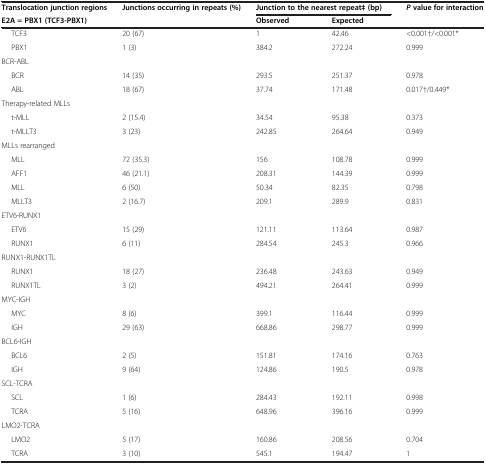
<table><thead><tr><td><b>Translocation junction regions</b></td><td rowspan="2"><b>Junctions occurring in repeats (%)</b></td><td colspan="2"><b>Junction to the nearest repeat‡ (bp)</b></td><td rowspan="2"><b><i>P </i>value for interaction</b></td></tr><tr><td><b>E2A = PBX1 (TCF3-PBX1)</b></td><td><b>Observed</b></td><td><b>Expected</b></td></tr></thead><tbody><tr><td>TCF3</td><td>20 (67)</td><td>1</td><td>42.46</td><td>&lt;0.001†/&lt;0.001*</td></tr><tr><td>PBX1</td><td>1 (3)</td><td>384.2</td><td>272.24</td><td>0.999</td></tr><tr><td>BCR-ABL</td><td> </td><td> </td><td> </td><td> </td></tr><tr><td>BCR</td><td>14 (35)</td><td>293.5</td><td>251.37</td><td>0.978</td></tr><tr><td>ABL</td><td>18 (67)</td><td>37.74</td><td>171.48</td><td>0.017†/0.449*</td></tr><tr><td>Therapy-related MLLs</td><td> </td><td> </td><td> </td><td> </td></tr><tr><td>t-MLL</td><td>2 (15.4)</td><td>34.54</td><td>95.38</td><td>0.373</td></tr><tr><td>t-MLLT3</td><td>3 (23)</td><td>242.85</td><td>264.64</td><td>0.949</td></tr><tr><td>MLLs rearranged</td><td> </td><td> </td><td> </td><td> </td></tr><tr><td>MLL</td><td>72 (35.3)</td><td>156</td><td>108.78</td><td>0.999</td></tr><tr><td>AFF1</td><td>46 (21.1)</td><td>208.31</td><td>144.39</td><td>0.999</td></tr><tr><td>MLL</td><td>6 (50)</td><td>50.34</td><td>82.35</td><td>0.798</td></tr><tr><td>MLLT3</td><td>2 (16.7)</td><td>209.1</td><td>289.9</td><td>0.831</td></tr><tr><td>ETV6-RUNX1</td><td> </td><td> </td><td> </td><td> </td></tr><tr><td>ETV6</td><td>15 (29)</td><td>121.11</td><td>113.64</td><td>0.987</td></tr><tr><td>RUNX1</td><td>6 (11)</td><td>284.54</td><td>245.3</td><td>0.966</td></tr><tr><td>RUNX1-RUNX1TL</td><td> </td><td> </td><td> </td><td> </td></tr><tr><td>RUNX1</td><td>18 (27)</td><td>236.48</td><td>243.63</td><td>0.949</td></tr><tr><td>RUNX1TL</td><td>3 (2)</td><td>494.21</td><td>264.41</td><td>0.999</td></tr><tr><td>MYC-IGH</td><td> </td><td> </td><td> </td><td> </td></tr><tr><td>MYC</td><td>8 (6)</td><td>399.1</td><td>116.44</td><td>0.999</td></tr><tr><td>IGH</td><td>29 (63)</td><td>668.86</td><td>298.77</td><td>0.999</td></tr><tr><td>BCL6-IGH</td><td> </td><td> </td><td> </td><td> </td></tr><tr><td>BCL6</td><td>2 (5)</td><td>151.81</td><td>174.16</td><td>0.763</td></tr><tr><td>IGH</td><td>9 (64)</td><td>124.86</td><td>190.5</td><td>0.978</td></tr><tr><td>SCL-TCRA</td><td> </td><td> </td><td> </td><td> </td></tr><tr><td>SCL</td><td>1 (6)</td><td>284.43</td><td>192.11</td><td>0.998</td></tr><tr><td>TCRA</td><td>5 (16)</td><td>648.96</td><td>396.16</td><td>0.999</td></tr><tr><td>LMO2-TCRA</td><td> </td><td> </td><td> </td><td> </td></tr><tr><td>LMO2</td><td>5 (17)</td><td>160.86</td><td>208.56</td><td>0.704</td></tr><tr><td>TCRA</td><td>3 (10)</td><td>545.1</td><td>194.47</td><td>1</td></tr></tbody></table>